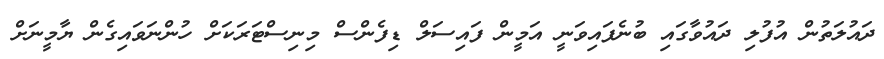
ދައުލަތުން އުފުލި ދައުވާގައި ބުނެފައިވަނީ އަމީން ފައިސަލް ޑިފެންސް މިނިސްޓަރަކަށް ހުންނަވައިގެން ޔާމީނަށް